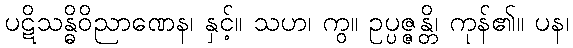
ပဋိသန္ဓိဝိညာဏေန၊ နှင့်။ သဟ၊ ကွ။ ဥပ္ပဇ္ဇန္တိ၊ ကုန်၏။ ပန၊